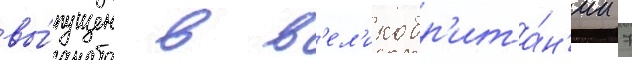
вы́пущен в в'ел'икобр'ита́н'ии 7